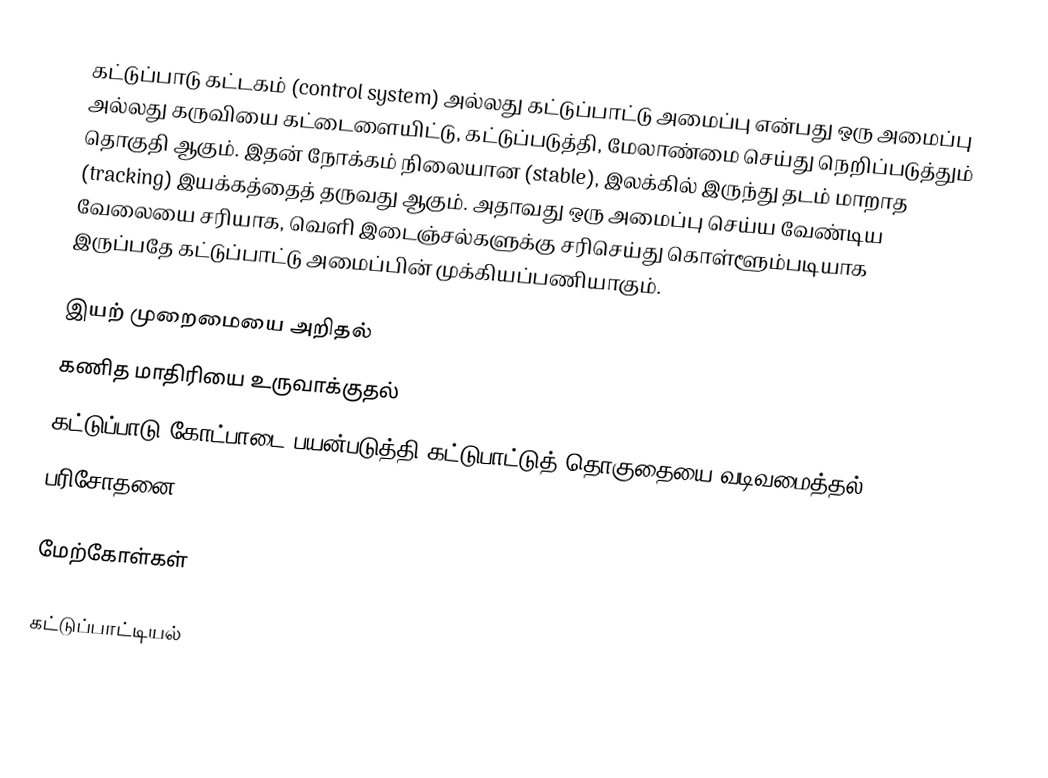
கட்டுப்பாடு கட்டகம் (control system) அல்லது கட்டுப்பாட்டு அமைப்பு என்பது ஒரு அமைப்பு அல்லது கருவியை கட்டைளையிட்டு, கட்டுப்படுத்தி, மேலாண்மை செய்து நெறிப்படுத்தும் தொகுதி ஆகும்.  இதன் நோக்கம் நிலையான (stable), இலக்கில் இருந்து தடம் மாறாத (tracking) இயக்கத்தைத் தருவது ஆகும்.  அதாவது ஒரு அமைப்பு செய்ய வேண்டிய வேலையை சரியாக, வெளி இடைஞ்சல்களுக்கு சரிசெய்து கொள்ளூம்படியாக இருப்பதே கட்டுப்பாட்டு அமைப்பின் முக்கியப்பணியாகும்.

 இயற் முறைமையை அறிதல்
 கணித மாதிரியை உருவாக்குதல்
 கட்டுப்பாடு கோட்பாடை பயன்படுத்தி கட்டுபாட்டுத் தொகுதையை வடிவமைத்தல்
 பரிசோதனை

மேற்கோள்கள்

கட்டுப்பாட்டியல்